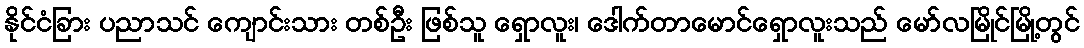
နိုင်ငံခြား ပညာသင် ကျောင်းသား တစ်ဦး ဖြစ်သူ ရှောလူး၊ ဒေါက်တာမောင်ရှောလူးသည် မော်လမြိုင်မြို့တွင်